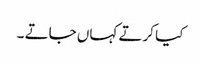
کیا کرتے کہاں جاتے ۔